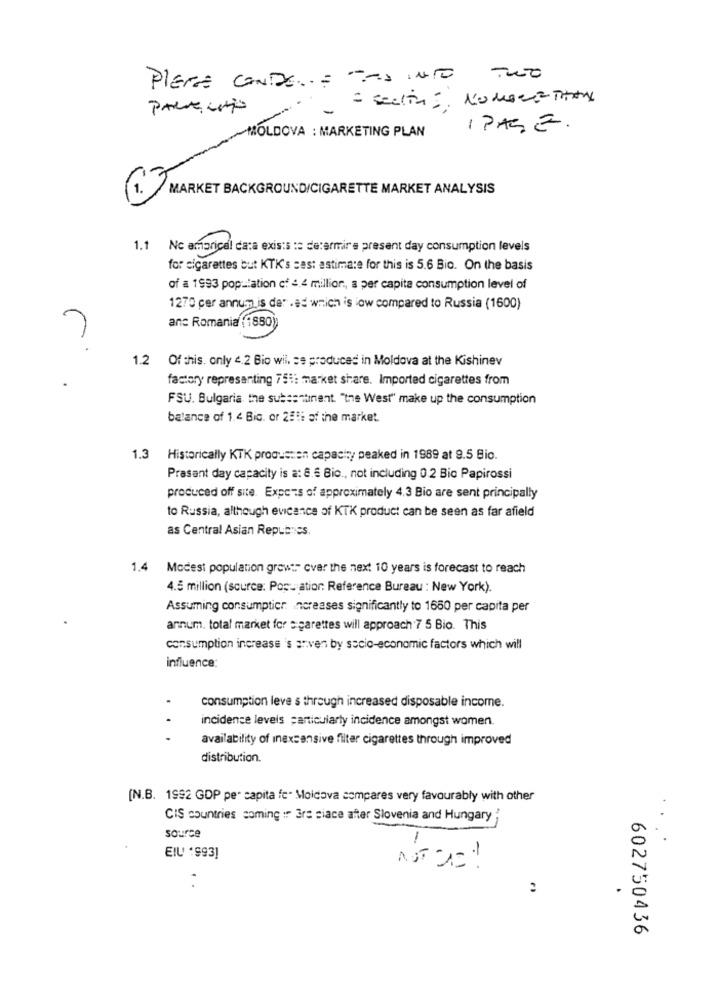
PIERA ONDE ..; "AS INTO THE
= section = NoMORE THAN
IPAGE .
MOLDOVA : MARKETING PLAN
MARKET BACKGROUND/CIGARETTE MARKET ANALYSIS
1.1
No amarical data exis:s :s de:ermire present day consumption levels
for cigarettes but KTK's ses: astima:e for this is 5.6 Bio. On the basis
of a 1993 population of 4.4 million ., a per capita consumption level of
1270 per annum is der .#: which is low compared to Russia (1600)
anc Romania (1850)
1.2 Of this. only 4,2 Bio wil. se produced in Moldova at the Kishinev
factory representing 751: market share. Imported cigarettes from
FSU. Bulgaria, the subestunent. "the West" make up the consumption
balance of 1.4 Bic. or 25li of the market.
1.3
Historically KTK prooussen capacity peaked in 1989 at 9.5 Bio.
Prasant day capacity is a: 8.6 Bio ., not including 0.2 Bio Papirossi
produced off site. Experts of approximately 4.3 Bio are sent principally
to Russia, although evicence of KTK product can be seen as far afield
as Central Asian Repubnes.
1.4 Modest population grew:" over the next 10 years is forecast to reach
4.5 million (source: Posu atior: Reference Bureau : New York).
Assuming consumption increases significantly to 1650 per capita per
annum. total market for = parettes will approach 7 5 Bio. This
consumption increase 's arven by socio-economic factors which will
influence:
consumption leve s through increased disposable income.
incidence leveis particularly incidence amongst women.
.. .
availability of inexsensive filter cigarettes through improved
distribution.
[N.B. 1992 GDP per capita fc" Moldova compares very favourably with other
CIS countries soming : 3rs siace after Slovenia and Hungary
source
EIU '993]
602750436